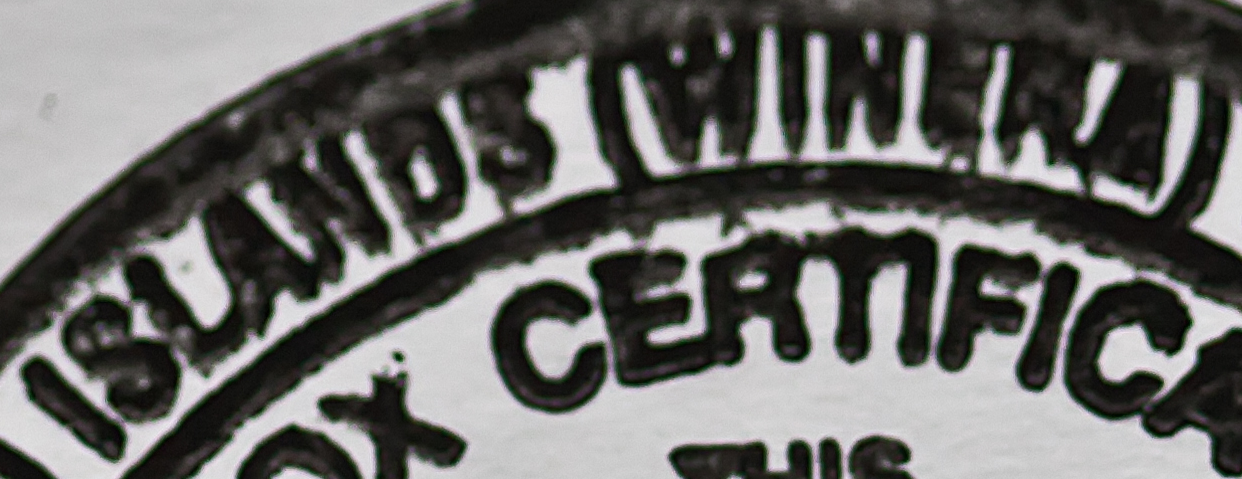
ISLANDS(WINRRA)